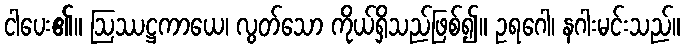
ငါပေး၏။ ဩဿဋ္ဌကာယေ၊ လွတ်သော ကိုယ်ရှိသည်ဖြစ်၍။ ဥရဂေါ၊ နဂါးမင်းသည်။